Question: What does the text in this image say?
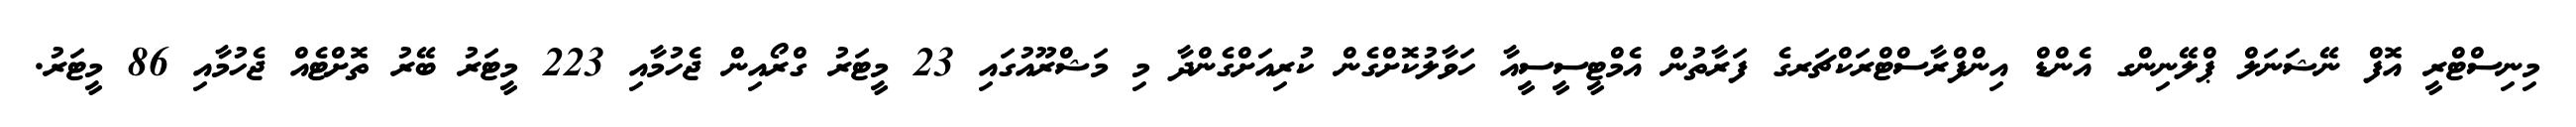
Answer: މިނިސްޓްރީ އޮފް ނޭޝަނަލް ޕްލޭނިންގ އެންޑް އިންފްރާސްޓްރަކްޗަރގެ ފަރާތުން އެމްޓީސީސީއާ ހަވާލުކޮށްގެން ކުރިއަށްގެންދާ މި މަޝްރޫއުގައި 23 މީޓަރު ގްރޯއިން ޖެހުމާއި 223 މީޓަރު ބޭރު ތޮށްޓެއް ޖެހުމާއި 86 މީޓަރު.